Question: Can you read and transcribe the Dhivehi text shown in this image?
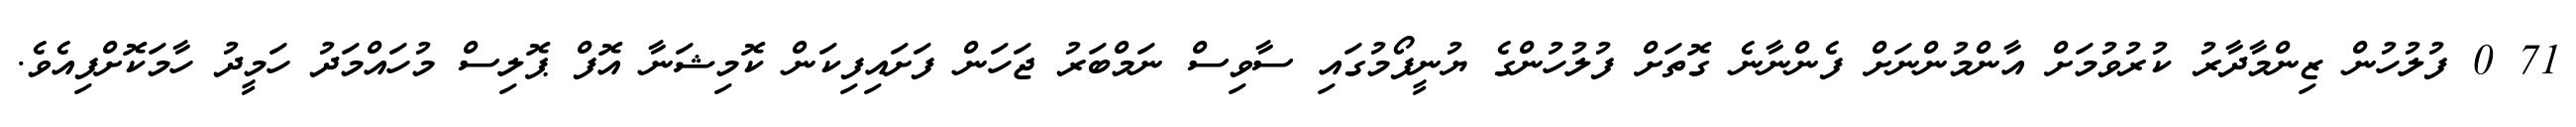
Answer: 71 0 ފުލުހުން ޒިންމާދާރު ކުރުވުމަށް އާންމުންނަށް ފެންނާނެ ގޮތަށް ފުލުހުންގެ ޔުނީފޯމުގައި ސާވިސް ނަމްބަރު ޖަހަން ފަށައިފިކަން ކޮމިޝަނާ އޮފް ޕޮލިސް މުހައްމަދު ހަމީދު ހާމަކޮށްފިއެވެ.